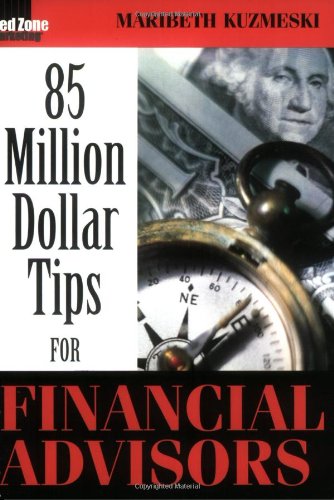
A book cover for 85 Million Dollar Tips for Financial Advisors; Maribeth Kuzmeski; Business & Money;